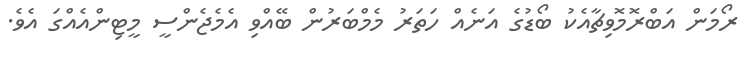
ރޯމަން އަބްރޮމޮވިޗާއެކު ބޯޑުގެ އަނެއް ހަތަރު މެމްބަރުން ބޭއްވި އެމެޖެންސީ މީޓިންއެއްގަ އެވެ.